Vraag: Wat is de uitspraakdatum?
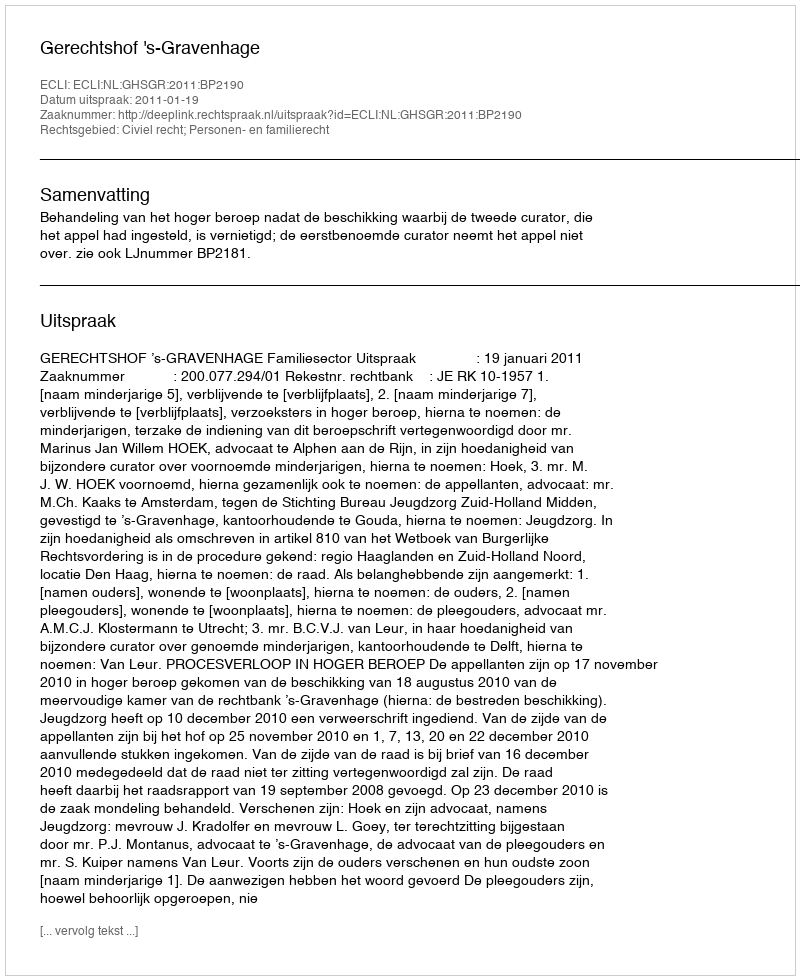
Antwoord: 2011-01-19